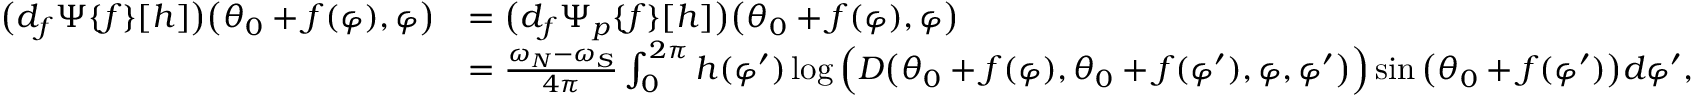
\begin{array} { r l } { \big ( d _ { f } \Psi \{ f \} [ h ] \big ) \big ( \theta _ { 0 } + f ( \varphi ) , \varphi \big ) } & { = \big ( d _ { f } \Psi _ { p } \{ f \} [ h ] \big ) \big ( \theta _ { 0 } + f ( \varphi ) , \varphi \big ) } \\ & { = \frac { \omega _ { N } - \omega _ { S } } { 4 \pi } \int _ { 0 } ^ { 2 \pi } h ( \varphi ^ { \prime } ) \log \Big ( D \big ( \theta _ { 0 } + f ( \varphi ) , \theta _ { 0 } + f ( \varphi ^ { \prime } ) , \varphi , \varphi ^ { \prime } \big ) \Big ) \sin \big ( \theta _ { 0 } + f ( \varphi ^ { \prime } ) \big ) d \varphi ^ { \prime } , } \end{array}